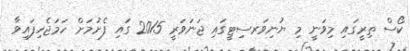
ކޯސް ތިރީގައި މިވަނީ މި ޔުނިވަރސިޓީގައި ޖަނަވަރީ 2015 ގައި ފެށުމަށް ހަމަޖެހިފައިވާ